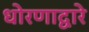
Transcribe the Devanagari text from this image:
धोरणाद्वारे